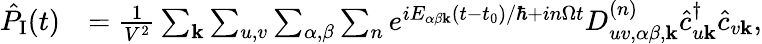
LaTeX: \begin{array}{rl}{\hat{P}_{\textrm{I}}(t)}&{=\frac{1}{V^{2}}\sum_{\mathbf{k}}\sum_{u,v}\sum_{\alpha,\beta}\sum_{n}e^{iE_{\alpha\beta\mathbf{k}}(t-t_{0})/\hbar+in\Omega t}D_{uv,\alpha\beta,\mathbf{k}}^{(n)}\hat{c}_{u\mathbf{k}}^{\dagger}\hat{c}_{v\mathbf{k}},}\end{array}